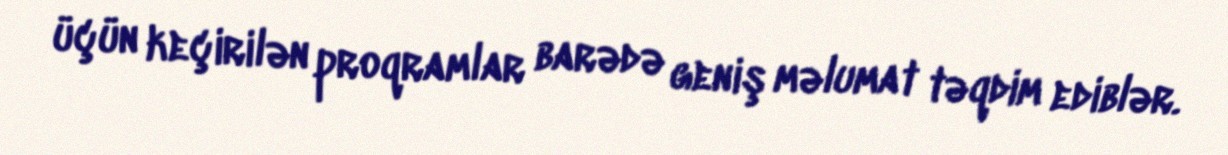
üçün keçirilən proqramlar barədə geniş məlumat təqdim ediblər.